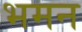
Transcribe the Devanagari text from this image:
भमन